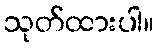
သုတ်ထားပါ။